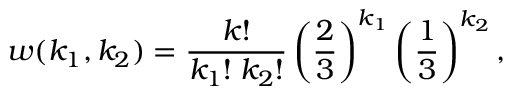
w ( k _ { 1 } , k _ { 2 } ) = \frac { k ! } { k _ { 1 } ! \; k _ { 2 } ! } \left( \frac { 2 } { 3 } \right) ^ { k _ { 1 } } \left( \frac { 1 } { 3 } \right) ^ { k _ { 2 } } ,